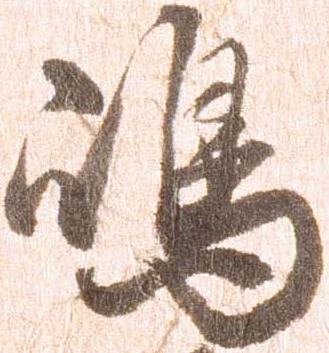
嶋